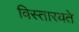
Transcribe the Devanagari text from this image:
विस्तारयते